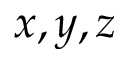
x , y , z